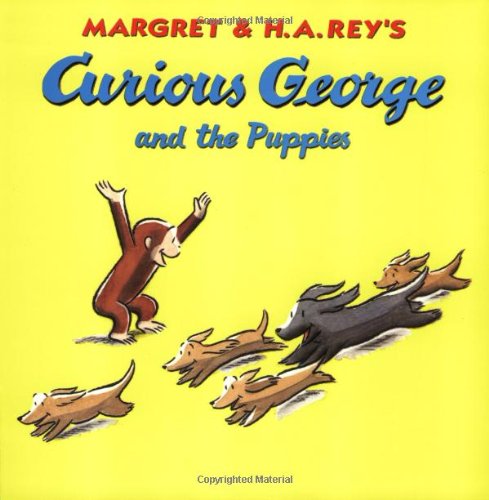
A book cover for Curious George and the Puppies; H. A. Rey; Children's Books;